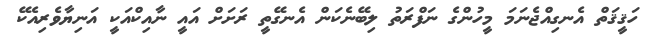
ހަޤީޤަތް އެނގިއްޖެނަމަ މީހުންގެ ނަފްރަތު ލިބޭނެކަން އެނގޭތީ ރަށަށް އައީ ނާއިކްއަކީ އަނިޔާވެރިއެކޭ